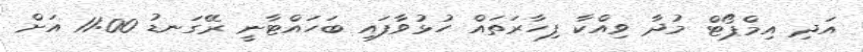
އަދި އިމްޕޯޓް މުދާ ވިއްކާ ފިހާރަތައް ހުޅުވާފައި ބަހައްޓާނީ ރޭގަނޑު 11:00 އަށް